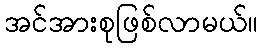
အင်အားစုဖြစ်လာမယ်။